Report on the Nagpur School of Medicine, Central Provinces
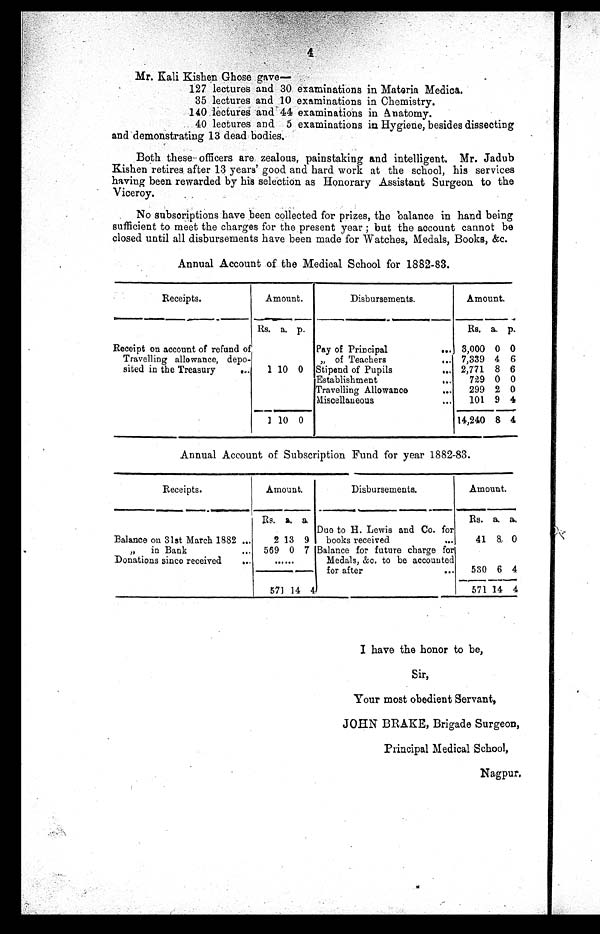
4
Mr. Kali Kishen Ghose gave―
127 lectures and 30 examinations in Materia Medica.
35 lectures and 10 examinations in Chemistry.
140 lectures and 44 examinations in Anatomy.
40 lectures and 5 examinations in Hygiene, besides dissecting
and demonstrating 13 dead bodies.
Both these officers are zealous, painstaking and intelligent. Mr. Jadub
Kishen retires after 13 years' good and hard work at the school, his services
having been rewarded by his selection as Honorary Assistant Surgeon to the
Viceroy.
No subscriptions have been collected for prizes, the balance in hand being
sufficient to meet the charges for the present year ; but the account cannot be
closed until all disbursements have been made for Watches, Medals, Books, &c.
Annual Account of the Medical School for 1882-83.
Receipts.
Amount.
Disbursements.
Amount.
Rs. a. p.
Rs. a. p.
Receipt on account of refund of
Pay of Principal
... 3,000 0 0
Travelling allowance, depo-
„ of Teachers
... 7,339 4 6
sited in the Treasury
...
1 10 0 Stipend of Pupils
... 2,771 8 6
Establishment
...
729 0 0
Travelling Allowance
...
299 2 0
Miscellaneous
...
101 9 4
1 10
0
14,240 8 4
Annual Account of Subscription Fund for year 1882-83.
Receipts.
Amount.
Disbursements.
Amount.
Rs. a. a.
Rs. a. a.
Due to H. Lewis and Co. for
Balance on 31st March 1882 ...
2 13 9
books received
. . .
41
8 0
"
in Bank
... 569 0 7 Balance for future charge for
Donations since received
...
... ...
Medals, &c. to be accounted
for after
...
530 6 4
571 14 4
571 14 4
I have the honor to be,
Sir,
Your most obedient Servant,
JOHN BRAKE, Brigade Surgeon,
Principal Medical School,
Nagpur.